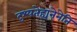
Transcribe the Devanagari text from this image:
दृश्यतेह्यनेनेति